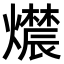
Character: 𬋔